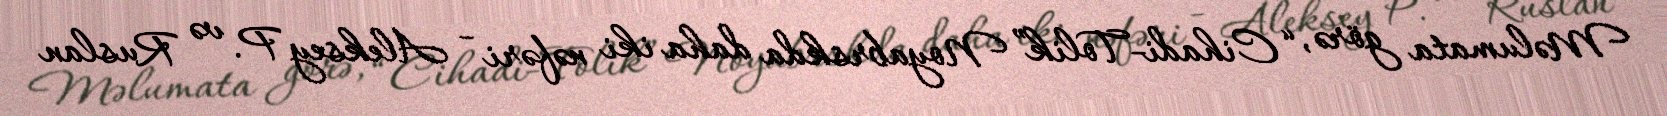
Məlumata görə, “Cihadi-Tolik” Noyabrskda daha iki nəfəri - Aleksey P. və Ruslan